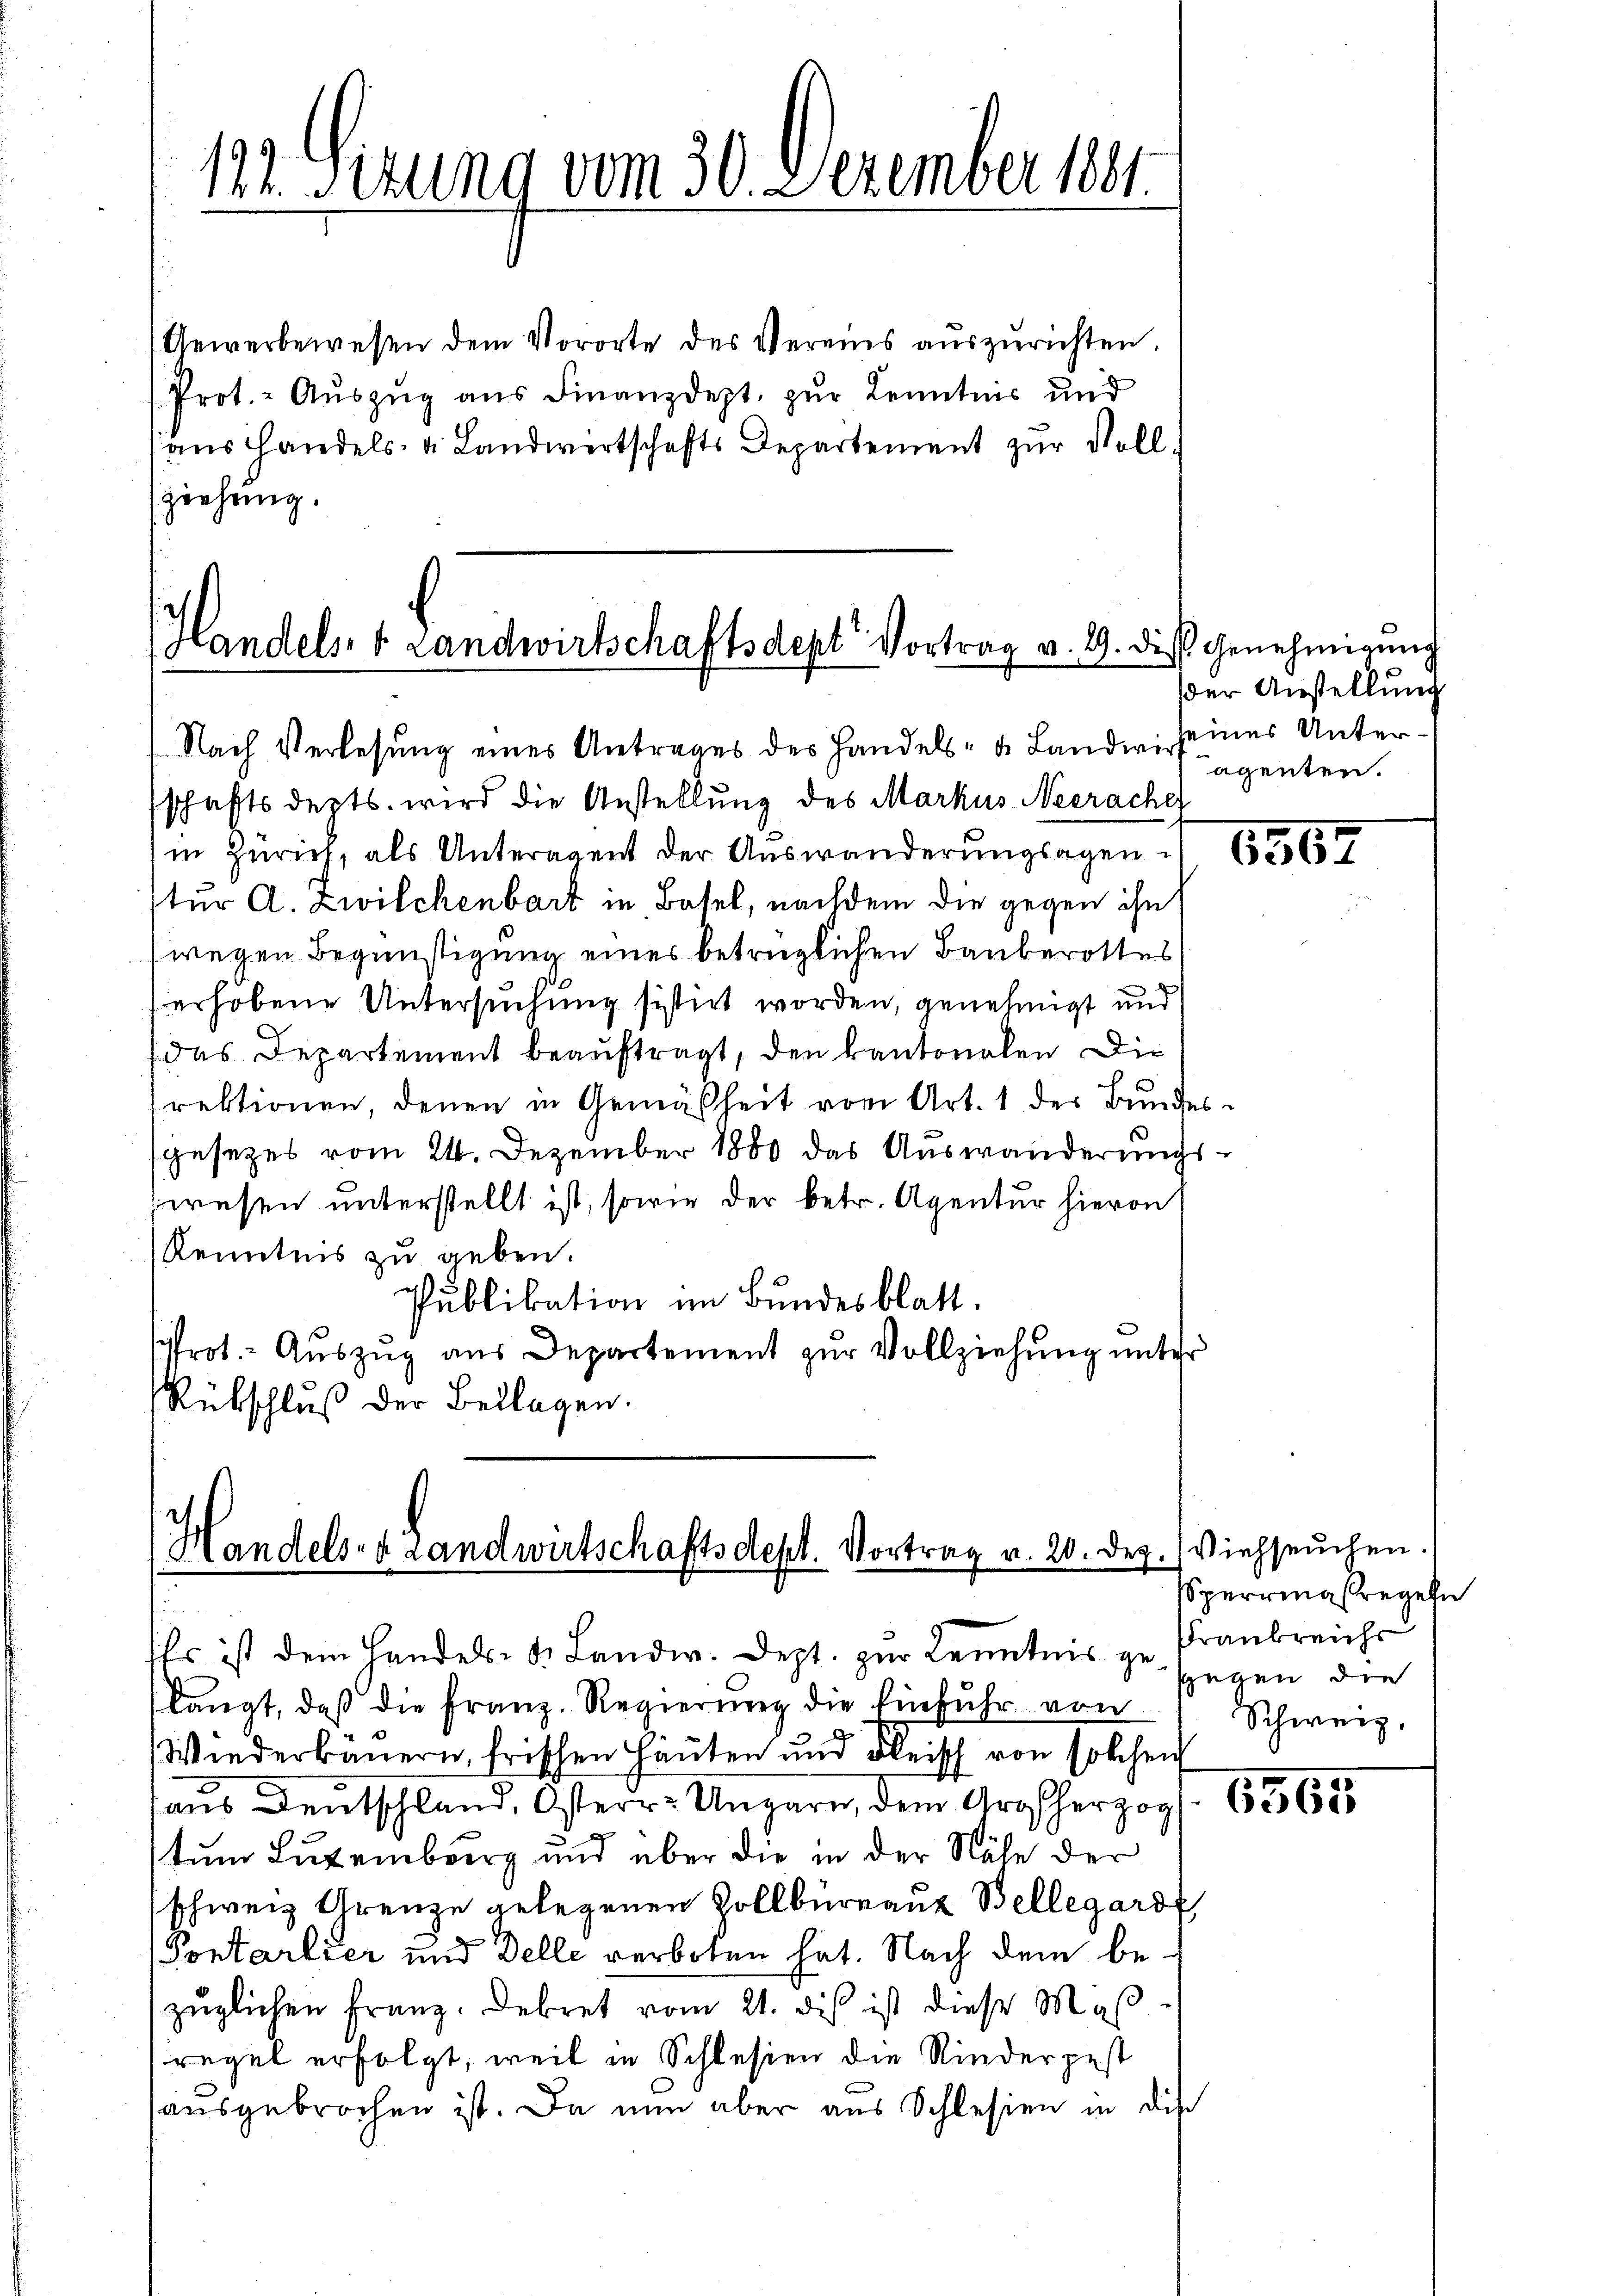
Gewerbewesen dem Vororte des Vereins auszurichten,
Prot. - Auszug aus Finanzdept. zur Kenntnis und
aus Handels- u. Landwertschafts Departement zur Voll
ziehung.

122. Sitzung vom 30. Dezember 1891.

Handels- & Landwirtschaftsdept Vortrag v. 9. die Genehmigung

Nach Verlesung eines Antrages des Handels- u. Landwi seines Unterschaftsdepts. wird die Anstellung des Markus Neerache
in Zürich, als Unteragent der Auswanderŭngsagen. 1236
stur A. Zwilchenbart in Basel, nachdem die gegen ihn
wegen Begünstigung eines betrüglichen Bauberottes
erhobene Untersuchung sistirt worden, genehmigt und
das Departement beauftragt, den kantonalen Die
rektionen, denen in Gemäßheit vom Art. 1 der Bundesgesetzes vom 21. Dezember 1880 das Auswanderungswesen unterstellt ist, sowie der betr. Agentur hievon
Kenntnis zu geben.
Publikation im Bundesblatt.
srot. Aŭszŭg aŭs Departement zŭr Vollziehŭng ŭnter
Rübschluß der Beklagen.

Handels- & Landwirtschaftsdept. Vortrag u. 20. Dez. Viehseuchen.

Es ist dem Handels- & Landw. Dept. zŭr Kenntnis zu Frankreichs
langt, daß die Franz. Regierung die Einfuhr von
Wiederbäuern, frischen Häuten und Fleisch von solchen
aus Deutschland, Osterr. Ungarn, dem Großherzog
tum Lutenburg und über die in der Nähe der
schweiz Grenze gelegenen Zollbüreauz Bellegard
Pontarlier und Delle verboten hat. Nach dem bezüglichen Franz. Dekret vom 21. dis ist diese Mas
regel erfolgt, weil in Schlesien die Kinderpest
ausgebrochen ist. Da nun aber aus Schlesien in die

der Anstellung
agenten.

Sperrungsregeln
sgegen die
Schweiz.

6565